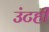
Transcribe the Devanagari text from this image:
उंटही